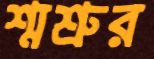
শ্মশ্রুর